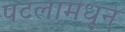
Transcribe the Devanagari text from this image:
पटलामधून